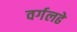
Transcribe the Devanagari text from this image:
वर्गलढे